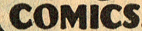
COMICS